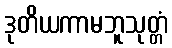
ဒုတိယကာမဘူသုတ္တံ